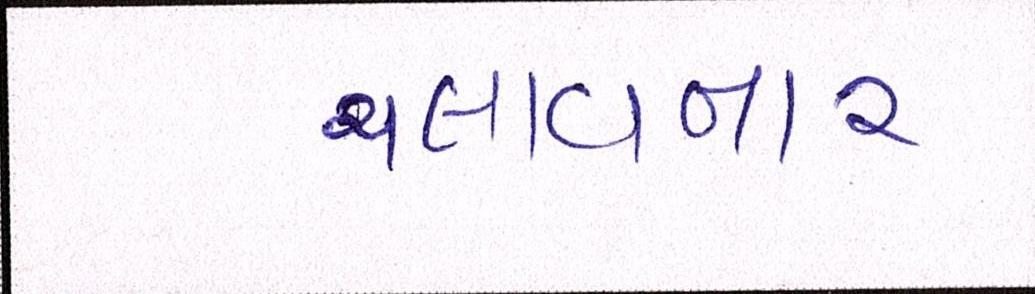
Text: ચલાવનાર